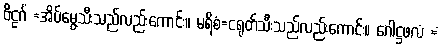
ဗိဠင်္ဂံ =အိပ်မွေ့သီးသည်လည်းကောင်း။ မရိစံ=ငရုတ်သီးသည်လည်းကောင်း။ ဂေါဋ္ဌဖလံ =